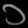
Digit: ၁